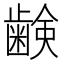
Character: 𮯈